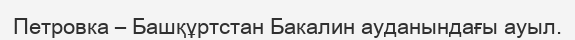
Петровка – Башқұртстан Бакалин ауданындағы ауыл.